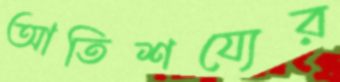
আতিশয্যের